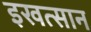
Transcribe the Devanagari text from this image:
इखत्सान